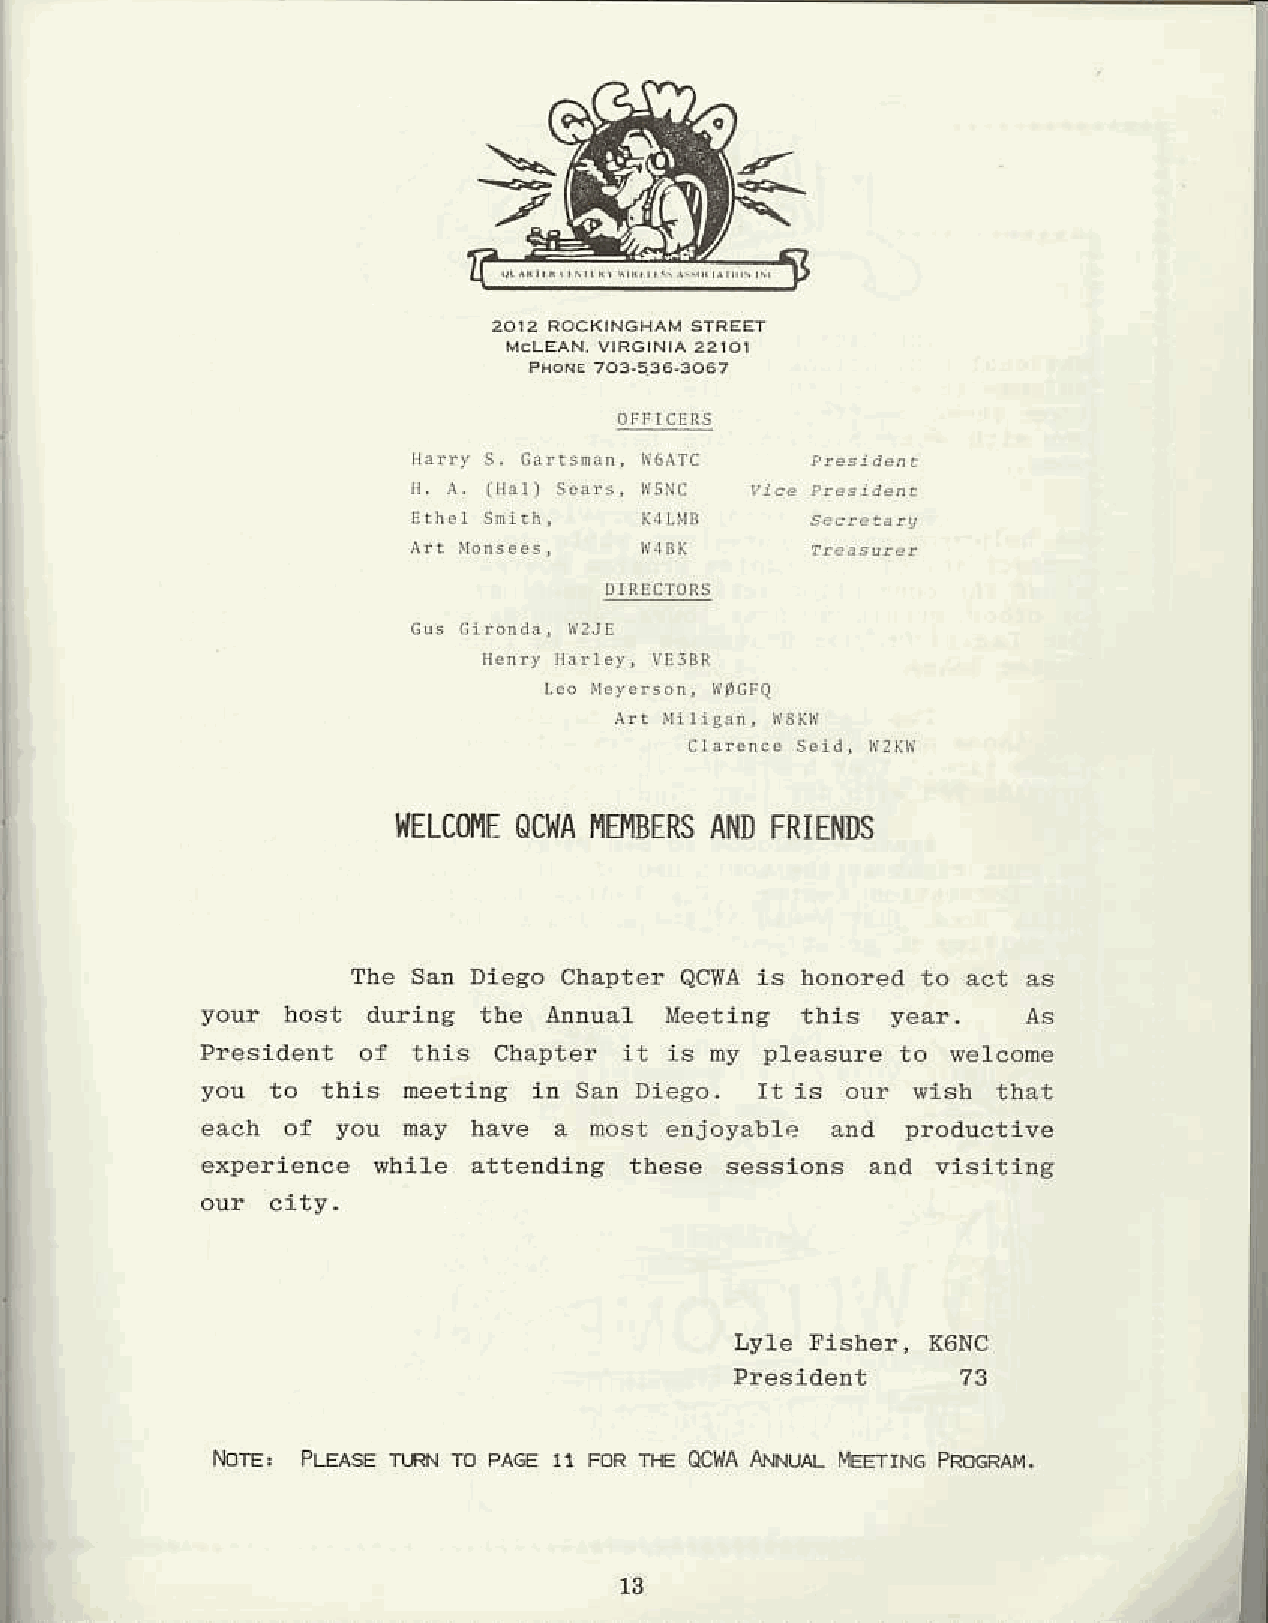
str,qE-4!
 NELCOO}IEC  lllIAIE IIBERASI{ DF RIEIIDS
 The San Diego Charter QCI{Ai s honoreat to acu as
 you! hosl du.iDg  lbp ArnDr_  Me-L ng  rh..  year,
 president  of thi6  Chalter it is ny  pleasure to selcome
 you  to thts  meetlng in San Dieco,  It is our  vish that
 each  of you  may have  a nost erjoyatle  and  producttve
 experience  ehlle attendins  these sesstors  and vtstttng
 Lyle Flsher, K6NC
 Pre6ident      73
 r\lrE, PcE                  r   QCIA AMUaL itffrNc PRffiM.
 l3